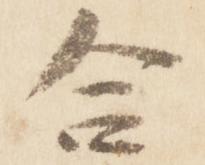
合